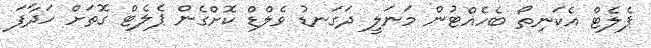
ޕެލެޓް އެކަނިތޯ ބެހެއްޓުން މަނަލީ ދަގަނޑު ވެލްޑް ކޮށްގެން ޕެލެޓް ގޮތަށް ހަދާފަ